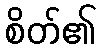
စိတ်၏